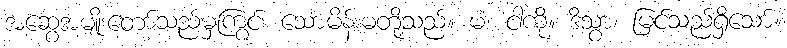
အဆွေအမျိုးတော်သည်မှကြွင်း သောမိန်းမတို့သည်။ မံ၊ ငါ့ကို။ ဒိသွာ၊ မြင်သည်ရှိသော်။